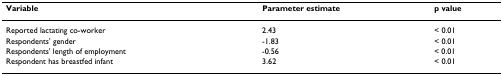
<table><thead><tr><td><b>Variable</b></td><td><b>Parameter estimate</b></td><td><b>p value</b></td></tr></thead><tbody><tr><td>Reported lactating co-worker</td><td>2.43</td><td>&lt; 0.01</td></tr><tr><td>Respondents&#x27; gender</td><td>-1.83</td><td>&lt; 0.01</td></tr><tr><td>Respondents&#x27; length of employment</td><td>-0.56</td><td>&lt; 0.01</td></tr><tr><td>Respondent has breastfed infant</td><td>3.62</td><td>&lt; 0.01</td></tr></tbody></table>